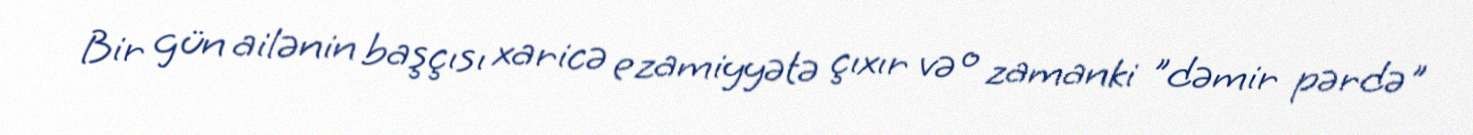
Bir gün ailənin başçısı xaricə ezamiyyətə çıxır və o zamanki "dəmir pərdə"